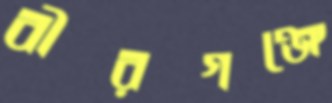
বীরগঞ্জে